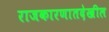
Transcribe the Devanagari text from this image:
राजकारणातदेखील